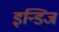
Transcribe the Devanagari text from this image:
इन्डिज